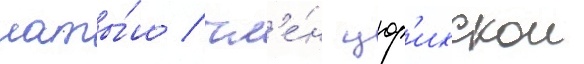
латы́ш / чл'е́н цюр'ихскои